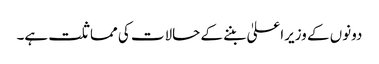
دونوں کے وزیراعلیٰ بننے کے حالات کی مماثلت ہے۔